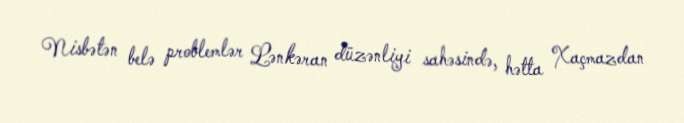
Nisbətən belə problemlər Lənkəran düzənliyi sahəsində, hətta Xaçmazdan